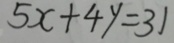
5 x + 4 y = 3 1